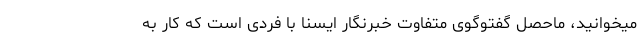
میخوانید، ماحصل گفتوگوی متفاوت خبرنگار ایسنا با فردی است که کار به